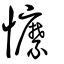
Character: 懡